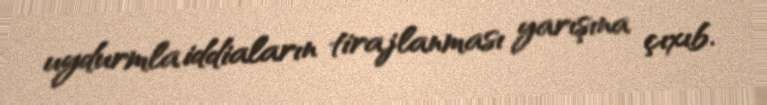
uydurmla iddiaların tirajlanması yarışına çıxıb.